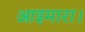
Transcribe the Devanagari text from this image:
आइमारा।